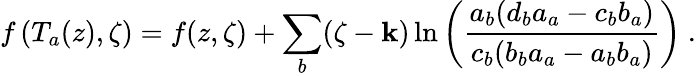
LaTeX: f\left(T_{a}(z),\zeta\right)=f(z,\zeta)+\sum_{b}(\zeta-\mathbf{k})\ln\left(\frac{{a_{b}(d_{b}a_{a}-c_{b}b_{a})}}{{c_{b}(b_{b}a_{a}-a_{b}b_{a})}}\right)\ .